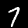
Label: 7